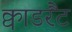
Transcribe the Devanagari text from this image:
क्वाडरैंट